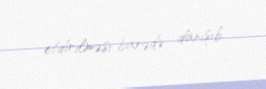
etdirilməsi barədə danışıb.